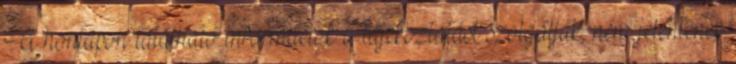
A honlapon található információk a tájékoztatást szolgálják, nem jelentenek